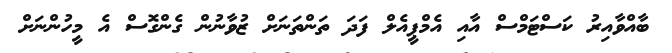
ބާއްވާއިރު ކަސްޓަމްސް އާއި އެމްޕީއެލް ފަަދަ ތަންތަނަށް ޒުވާނުން ގެންގޮސް އެ މީހުންނަށް